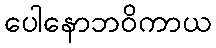
ပေါနောဘဝိကာယ